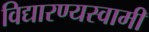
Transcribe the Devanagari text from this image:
विद्यारण्यस्वामी